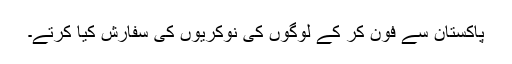
پاکستان سے فون کر کے لوگوں کی نوکریوں کی سفارش کیا کرتے۔